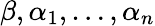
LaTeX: \beta,\alpha_{1},\ldots,\alpha_{n}